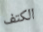
الكتف